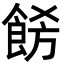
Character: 𩛙